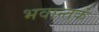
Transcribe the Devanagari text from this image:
भवान्तकं